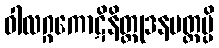
ဝါလဂ္ဂကောဋိနိတ္တုဒနမတ္တမ္ပိ